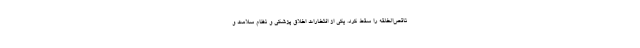
ناقص‌الخلقه را سقط کرد. یکی از افتخارات اخلاق پزشکی و نظام سلامت و